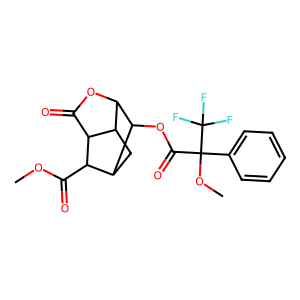
SMILES: COC(=O)C1C2CC3C(OC(=O)C31)C2OC(=O)C(OC)(c1ccccc1)C(F)(F)F
Inhibits HIV replication: No